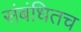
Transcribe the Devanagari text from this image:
संबंधितच